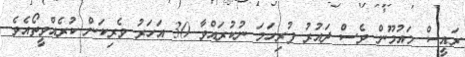
ރައީސް މައުމޫން ވެސް ދައުރު ފުރިހަމަ ނުކުރައްވާ 30 އަހަރު ވެރިކަން ކުރެއްވީތޯއެވެ